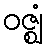
ဝဇ္ဈံ